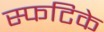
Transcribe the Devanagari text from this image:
स्फटिके